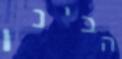
הבינו